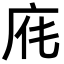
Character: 𢈄